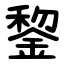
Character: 錅